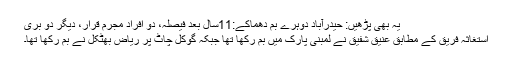
یہ بھی پڑھیں: حیدرآباد دوہرے بم دھماکے:11سال بعد فیصلہ، دو افراد مجرم قرار، دیگر دو بری
استغاثہ فریق کے مطابق عنیق شفیق نے لمبنی پارک میں بم رکھا تھا جبکہ گوکل چاٹ پر ریاض بھٹکل نے بم رکھا تھا۔